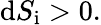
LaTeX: \mathrm{d}S_{\mathrm{i}}>0.